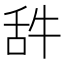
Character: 𦧋